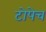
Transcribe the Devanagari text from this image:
टोपेच